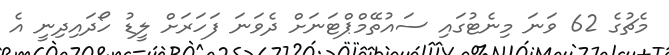
މެޗުގެ 62 ވަނަ މިނެޓުގައި ސައުތޭމްޕްޓަނަށް ދެވަނަ ފަހަރަށް ލީޑު ހޯދައިދިނީ އެ